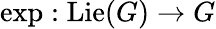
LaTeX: \exp:\operatorname{Lie}(G)\to G